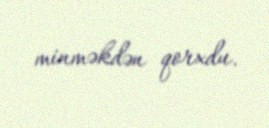
minməkdən qorxdu.